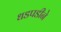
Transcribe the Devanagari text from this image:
धडपडीने